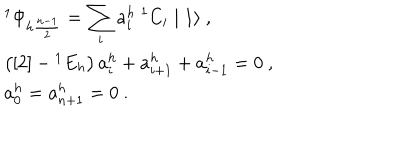
\begin{array} { r c l } { { } } & { { } } & { { { ^ 1 \Phi } _ { h \frac { n - 1 } { 2 } } = \displaystyle \sum _ { i } a _ { i } ^ { h } ~ { ^ 1 C } _ { i } \mid 1 \rangle ~ , } } \\ { { } } & { { } } & { { \left( [ 2 ] - { ^ 1 E } _ { h } \right) a _ { i } ^ { h } + a _ { i + 1 } ^ { h } + a _ { i - 1 } ^ { h } = 0 ~ , } } \\ { { } } & { { } } & { { a _ { 0 } ^ { h } = a _ { n + 1 } ^ { h } = 0 ~ . } } \\ \end{array}